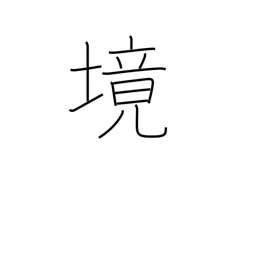
Meaning: region